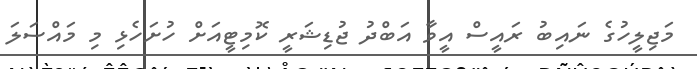
މަޖިލީހުގެ ނައިބު ރައީސް އީވާ އަބްދު ޖުޑިޝަރީ ކޮމިޓީއަށް ހުށަހެޅި މި މައްސަލަ